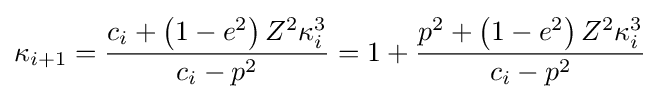
\kappa _{i+1}={\frac {c_{i}+\left(1-e^{2}\right)Z^{2}\kappa _{i}^{3}}{c_{i}-p^{2}}}=1+{\frac {p^{2}+\left(1-e^{2}\right)Z^{2}\kappa _{i}^{3}}{c_{i}-p^{2}}}